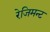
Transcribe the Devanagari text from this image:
रेजिमन्ट